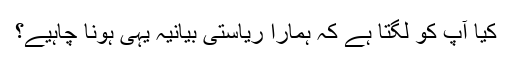
کیا آپ کو لگتا ہے کہ ہمارا ریاستی بیانیہ یہی ہونا چاہیے؟